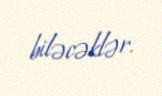
biləcəklər.